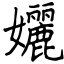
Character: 孋